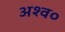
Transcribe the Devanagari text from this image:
अश्व०